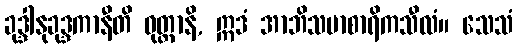
ခုဒ္ဒါနုခုဒ္ဒကာနီတိ ဝုတ္တာနိ, ဣဒံ အာဘိသမာစာရိကသီလံ။ သေသံ